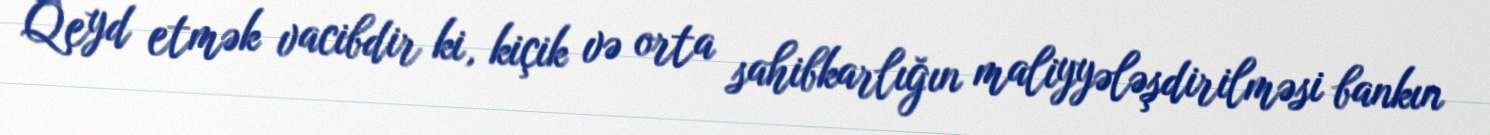
Qeyd etmək vacibdir ki, kiçik və orta sahibkarlığın maliyyələşdirilməsi bankın